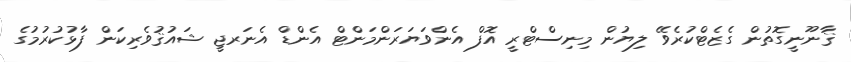
ޤާނޫނީގޮތުން ގެޒެޓްކުރެވޭ ލިޔުން މިނިސްޓްރީ އޮފް އެންވަޔަރަންމަންޓް އެންޑް އެނަރޖީ ޝައުޤުވެރިކަން ފާޅުކުރުމުގެ